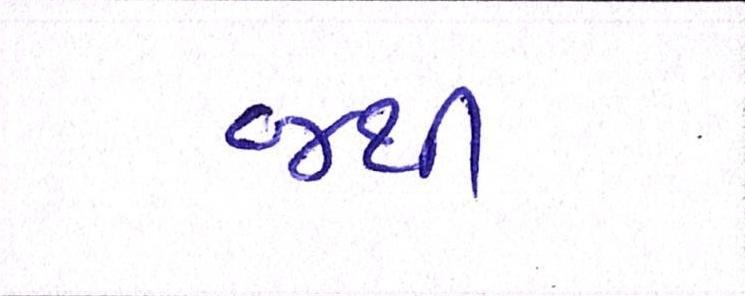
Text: જથી